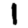
Digit: 1